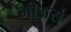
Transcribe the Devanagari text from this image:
मीअर्स